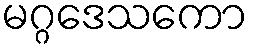
မဂ္ဂဒေသကော